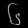
Digit: ၆